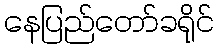
နေပြည်တော်ခရိုင်